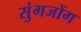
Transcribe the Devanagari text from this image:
सुंगजोंग